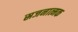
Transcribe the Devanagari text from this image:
स्रजनात्मक